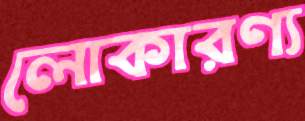
লোকারণ্য